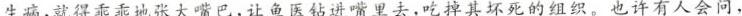
生病，就得乖乖地张大嘴巴，让鱼医钻进嘴里去，吃掉其坏死的组织。也许有人会问，